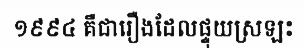
១៩៩៤ គឺជារឿងដែលផ្ទុយស្រឡះ